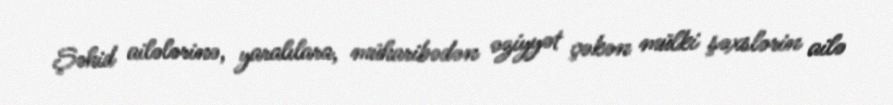
Şəhid ailələrinə, yaralılara, müharibədən əziyyət çəkən mülki şəxslərin ailə